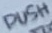
Text: PUSH